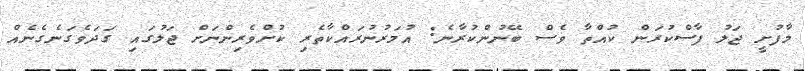
މާފުށީ ޖަލު ފާސްކުރަން ކުއްތާ ވެސް ބޭނުންކުރާނެ: އުމަރުނުރައްކާތެރި ކުށްވެރިންނަށް ޖަލުގައި ގަދަވެގަނެގެނެއް